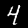
Digit: 4